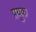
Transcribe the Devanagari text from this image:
प्रयुक